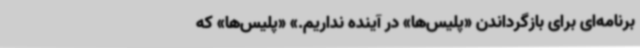
برنامه‌ای برای بازگرداندن «پلیس‌ها» در آینده نداریم.»‌ «پلیس‌ها» که